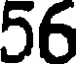
56